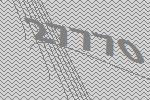
27770